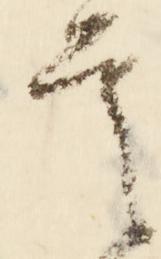
首